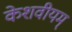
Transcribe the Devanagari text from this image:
केशवीयम्